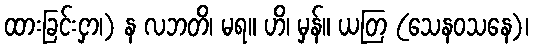
ထားခြင်းငှာ၊) န လဘတိ၊ မရ။ ဟိ၊ မှန်။ ယတြ (သေနဝသနေ)၊